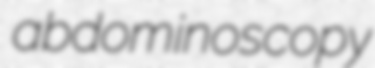
abdominoscopy